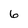
Character: 6